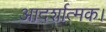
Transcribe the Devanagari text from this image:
आदर्शात्मक।